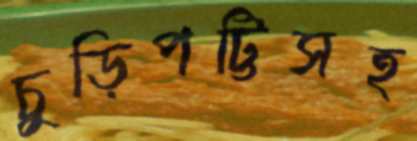
চুড়িপট্টিসহ